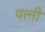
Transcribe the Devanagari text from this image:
पत्त्नी